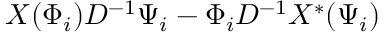
X ( \Phi _ { i } ) D ^ { - 1 } \Psi _ { i } - \Phi _ { i } D ^ { - 1 } X ^ { \ast } ( \Psi _ { i } )